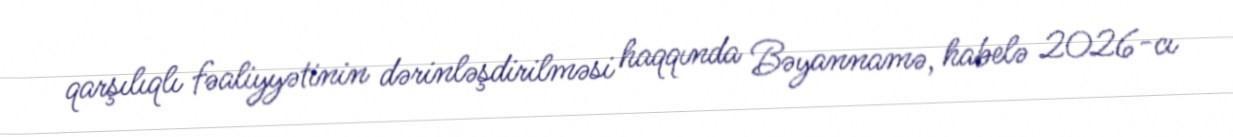
qarşılıqlı fəaliyyətinin dərinləşdirilməsi haqqında Bəyannamə, habelə 2026-cı